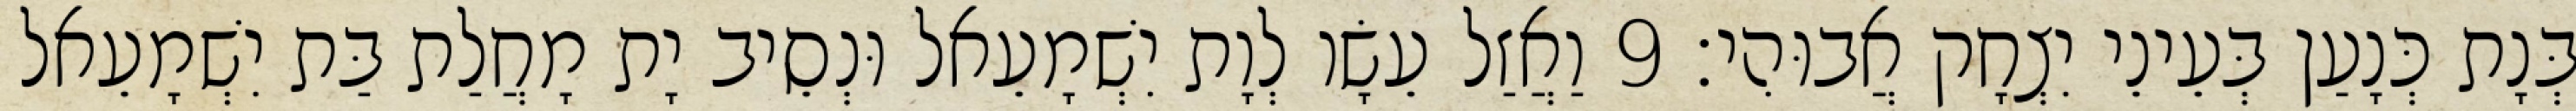
בְּנָת כְּנָעַן בְּעֵינֵי יִצְחָק אֲבוּהִי׃ 9 וַאֲזַל עֵשָׂו לְוָת יִשְׁמָעֵאל וּנְסֵיב יָת מָחֲלַת בַּת יִשְׁמָעֵאל